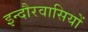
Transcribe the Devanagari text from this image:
इन्दौरवासियों